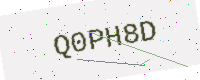
Text: Q0PH8D